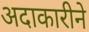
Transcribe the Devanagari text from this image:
अदाकारीने